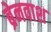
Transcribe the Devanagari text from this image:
ब्रेनवाश